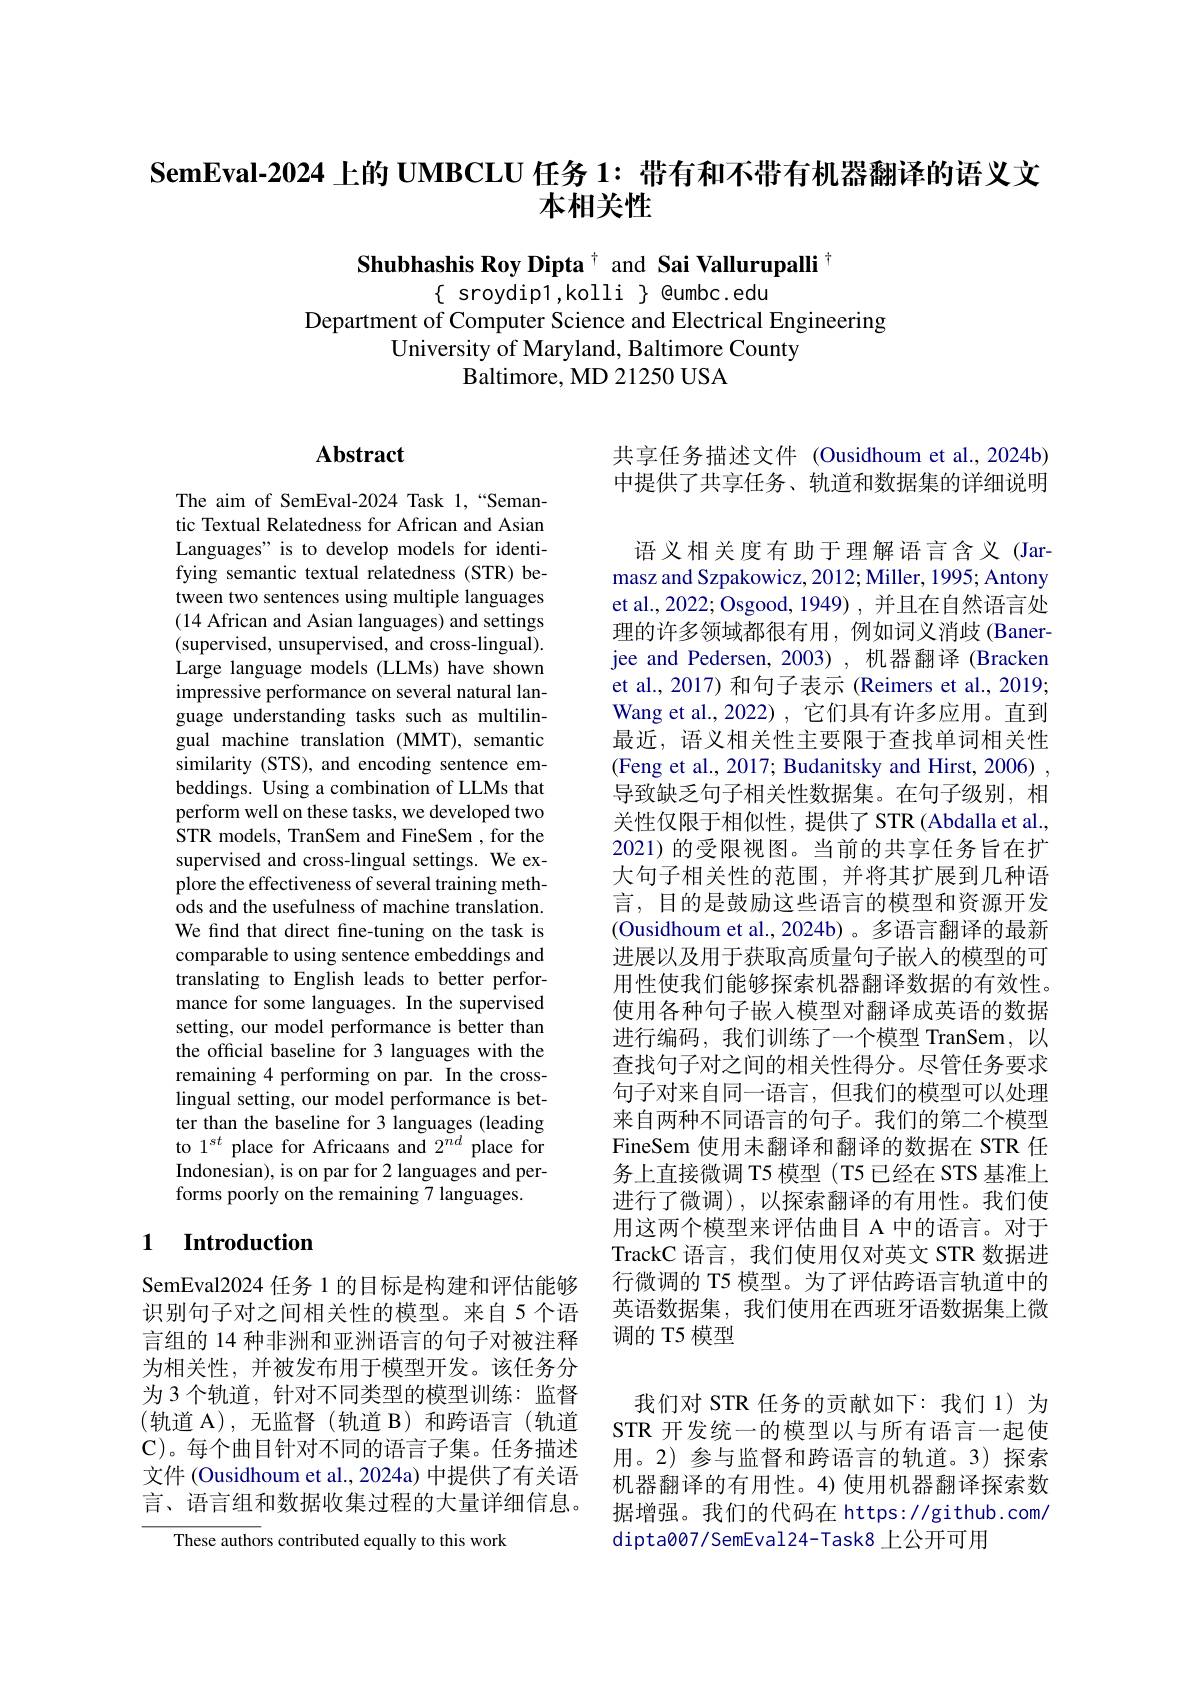
SemEval-2024 上的 UMBCLU 任务 1: 带有和不带有机器翻译的语义文
# 本相关性

Shubhashis Roy Dipta $^{\dagger}$ and Sai Vallurupalli $^{\dagger}$
$\{$ sroydip1,kolli $\}$ @umbc.edu
Department of Computer Science and Electrical Engineering
University of Maryland, Baltimore County
Baltimore, MD 21250 USA

# Abstract

The aim of SemEval-2024 Task 1,“Semantic Textual Relatedness for African and Asian Languages" is to develop models for identifying semantic textual relatedness (STR) between two sentences using multiple languages (14 African and Asian languages) and settings (supervised, unsupervised, and cross-lingual). Large language models (LLMs) have shown impressive performance on several natural language understanding tasks such as multilingual machine translation (MMT), semantic similarity (STS), and encoding sentence embeddings. Using a combination of LLMs that perform well on these tasks, we developed two STR models, TranSem and FineSem , for the supervised and cross-lingual settings. We explore the effectiveness of several training methods and the usefulness of machine translation. We find that direct fine-tuning on the task is comparable to using sentence embeddings and translating to English leads to better performance for some languages. In the supervised setting, our model performance is better than the official baseline for 3 languages with the remaining 4 performing on par. In the crosslingual setting, our model performance is better than the baseline for 3 languages (leading to 1$^{st}$ place for Africaans and 2$^{nd}$ place for Indonesian), is on par for 2 languages and performs poorly on the remaining 7 languages.

## 1 Introduction

SemEval2024 任务 1 的目标是构建和评估能够识别句子对之间相关性的模型。来自 5 个语言组的 14 种非洲和亚洲语言的句子对被注释为相关性，并被发布用于模型开发。该任务分为 3 个轨道，针对不同类型的模型训练：监督(轨道 A),无监督(轨道 B)和跨语言(轨道C) 。每 个 曲 目 针 对 不 同 的 语 言 子 集 。任 务 描 述 文件 (Ousidhoum et al., 2024a) 中提供了有关语言、语言组和数据收集过程的大量详细信息。

These authors contributed equally to this work

共享任务描述文件 (Ousidhoum et al.,2024b) 中提供了共享任务、轨道和数据集的详细说明

语义相关度有助于理解语言含义(Jarmasz and Szpakowicz, 2012; Miller, 1995; Antony et al.,2022; Osgood, 1949) , 并且在自然语言处理的许多领域都很有用，例如词义消歧(Banerjee and Pedersen, 2003), 机器翻译 (Bracken et al., 2017) 和句子表示 (Reimers et al., 2019; Wang et al., 2022) , 它们具有许多应用。直到最近，语义相关性主要限于查找单词相关性(Feng et al., 2017; Budanitsky and Hirst, 2006) , 导致缺乏句子相关性数据集。在句子级别，相关性仅限于相似性，提供了STR(Abdalla et al., 2021)的受限视图。当前的共享任务旨在扩大句子相关性的范围，并将其扩展到几种语言，目的是鼓励这些语言的模型和资源开发(Ousidhoum et al.,2024b)。多语言翻译的最新进展以及用于获取高质量句子嵌人的模型的可用性使我们能够探索机器翻译数据的有效性。使用各种句子嵌入模型对翻译成英语的数据进行编码，我们训练了一个模型 TranSem,以查找句子对之间的相关性得分。尽管任务要求句子对来自同一语言，但我们的模型可以处理来自两种不同语言的句子。我们的第二个模型FineSem 使用未翻译和翻译的数据在 STR 任务上直接微调 T5 模型(T5 已经在 STS 基准上进行了微调),以探索翻译的有用性。我们使用这两个模型来评估曲目 A 中的语言。对于TrackC 语言，我们使用仅对英文 STR 数据进行微调的 T5 模型。为了评估跨语言轨道中的英语数据集，我们使用在西班牙语数据集上微调的 T5 模型

我们对 STR 任务的贡献如下：我们 1)为STR 开发统一的模型以与所有语言一起使用。2)参与监督和跨语言的轨道。3)探索机器翻译的有用性。4)使用机器翻译探索数据增强。我们的代码在 https://github.com/ dipta007/SemEval24-Task8 上公开可用